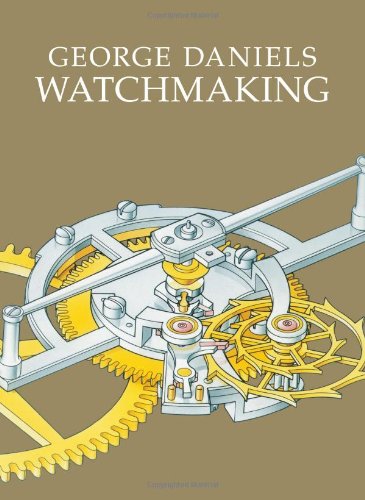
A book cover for Watchmaking; George Daniels; Arts & Photography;